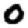
Digit: 0